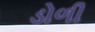
ડોળી